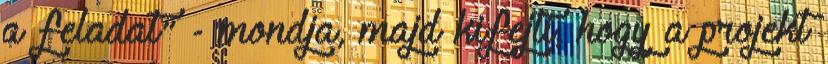
a feladat" - mondja, majd kifejti, hogy a projekt